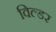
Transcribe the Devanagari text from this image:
विल्डर